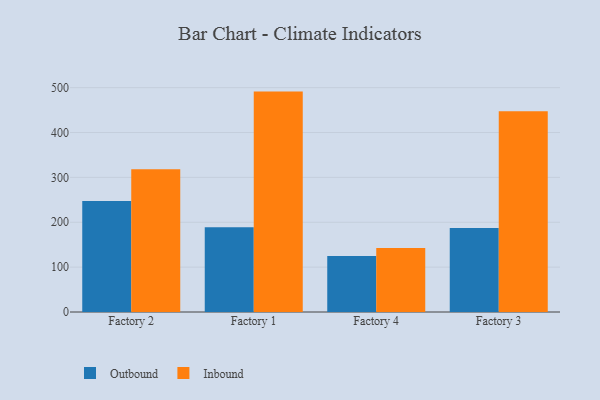
{"axis": {"x": "Factory", "y": "Production Output"}, "legend": ["Inbound", "Outbound"], "data": [{"x": "Factory 2", "y": 247.5, "type": "Outbound"}, {"x": "Factory 2", "y": 317.9, "type": "Inbound"}, {"x": "Factory 1", "y": 188.9, "type": "Outbound"}, {"x": "Factory 1", "y": 491.2, "type": "Inbound"}, {"x": "Factory 4", "y": 125.0, "type": "Outbound"}, {"x": "Factory 4", "y": 142.8, "type": "Inbound"}, {"x": "Factory 3", "y": 187.0, "type": "Outbound"}, {"x": "Factory 3", "y": 447.4, "type": "Inbound"}]}